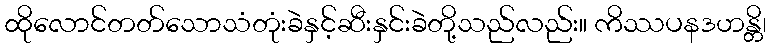
ထိုလောင်တတ်သောသံတုံးခဲနှင့်ဆီးနှင်းခဲတို့သည်လည်း။ ကိဿပနဒဟန္တိ၊